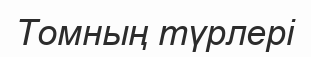
Томның түрлері